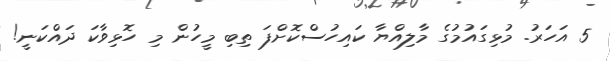
5 އަހަރު. މުޅިގައުމުގެ މާލިއްޔާ ކައިހުސްކޮށްފަ ތިބި މީހުން މި ހޮޅިވާކަ ދައްކަނީ!